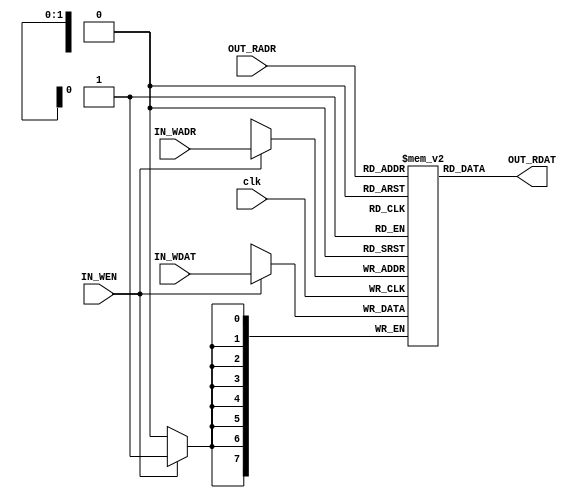
`timescale 1ns / 1ps
//////////////////////////////////////////////////////////////////////////////////
// Company: 
// Engineer: 
// 
// Design Name: 
// Module Name: ram_model_1w1r
// Project Name: 
// Target Devices: 
// Tool Versions: 
// Description: 
// 
// Dependencies: 
// 
// Revision:
// Revision 0.01 - File Created
// Additional Comments:
// 
//////////////////////////////////////////////////////////////////////////////////


`timescale 1ns / 1ps

// Model of a 2-port RAM
//  1 Write Port
//  	+
//  1 Read Port
//
// Number of storage elements = 2^(LOG2_DEPTH)
module ram_model_1w1r
#( parameter
	WORDLENGTH = 8,
	LOG2_DEPTH =  2
)
(
	input  	[LOG2_DEPTH-1:0] IN_WADR,
	input                     IN_WEN,
	input  	[WORDLENGTH-1:0] IN_WDAT,
    
	input  	[LOG2_DEPTH-1:0] OUT_RADR,
	output 	[WORDLENGTH-1:0] OUT_RDAT,
    
	input                          clk
);

reg [WORDLENGTH-1:0]    	dbuf[(1<<LOG2_DEPTH)-1:0];	// storage array

assign OUT_RDAT = dbuf[OUT_RADR];  	// retrieve read data

// num_in_buf
always @ (posedge clk)
begin
    if (IN_WEN)
	   dbuf[IN_WADR]   <= IN_WDAT;         	// store write data
end

endmodule